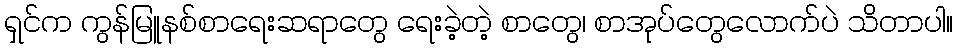
ရှင်က ကွန်မြူနစ်စာရေးဆရာတွေ ရေးခဲ့တဲ့ စာတွေ၊ စာအုပ်တွေလောက်ပဲ သိတာပါ။